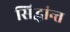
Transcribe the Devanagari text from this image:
सिद्धांन्त